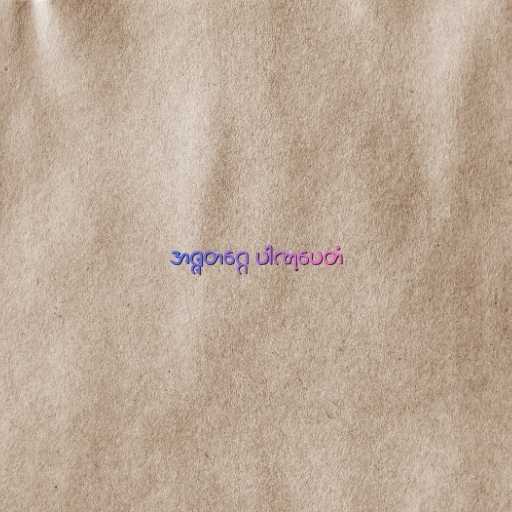
အဇ္ဇတဂ္ဂေ ပါဏုပေတံ